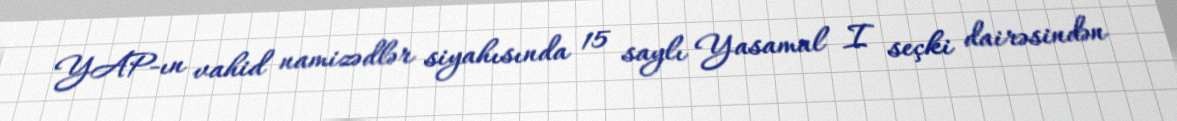
YAP-ın vahid namizədlər siyahısında 15 saylı Yasamal I seçki dairəsindən